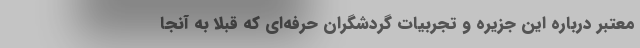
معتبر درباره این جزیره و تجربیات گردشگران حرفه‌ای که قبلا به آنجا